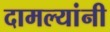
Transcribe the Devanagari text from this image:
दामल्यांनी